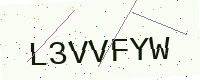
Text: L3VVFYW